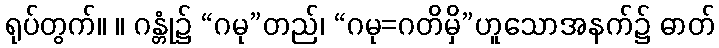
ရုပ်တွက်။ ။ ဂန္တုံ၌ “ဂမု”တည်၊ “ဂမု=ဂတိမှိ”ဟူသောအနက်၌ ဓာတ်